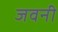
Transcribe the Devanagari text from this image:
जवनी